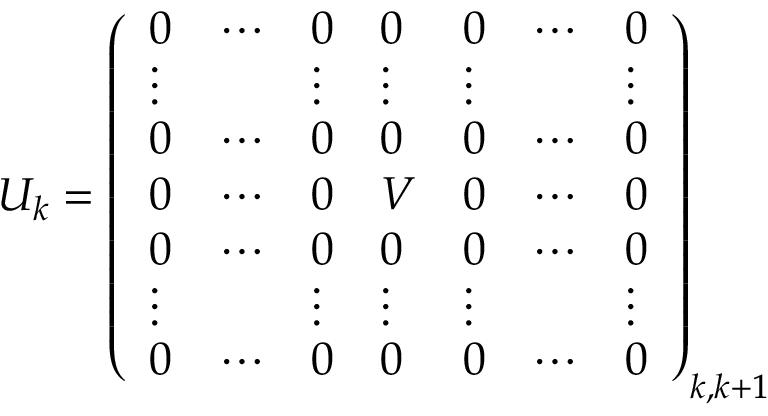
U _ { k } = \left( \begin{array} { l l l l l l l } { { 0 } } & { { \cdots } } & { { 0 } } & { { 0 } } & { { 0 } } & { { \cdots } } & { { 0 } } \\ { { \vdots } } & { { } } & { { \vdots } } & { { \vdots } } & { { \vdots } } & { { } } & { { \vdots } } \\ { { 0 } } & { { \cdots } } & { { 0 } } & { { 0 } } & { { 0 } } & { { \cdots } } & { { 0 } } \\ { { 0 } } & { { \cdots } } & { { 0 } } & { { V } } & { { 0 } } & { { \cdots } } & { { 0 } } \\ { { 0 } } & { { \cdots } } & { { 0 } } & { { 0 } } & { { 0 } } & { { \cdots } } & { { 0 } } \\ { { \vdots } } & { { } } & { { \vdots } } & { { \vdots } } & { { \vdots } } & { { } } & { { \vdots } } \\ { { 0 } } & { { \cdots } } & { { 0 } } & { { 0 } } & { { 0 } } & { { \cdots } } & { { 0 } } \end{array} \right) _ { k , k + 1 }